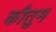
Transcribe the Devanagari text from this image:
कौतुम